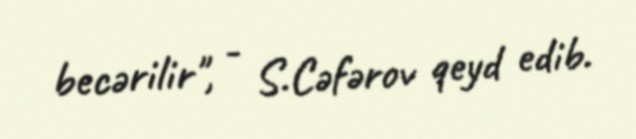
becərilir", - S.Cəfərov qeyd edib.